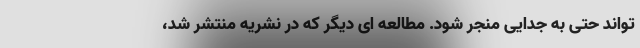
تواند حتی به جدایی منجر شود. مطالعه ای دیگر که در نشریه منتشر شد،